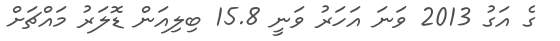
ގެ އަގު 2013 ވަނަ އަހަރު ވަނީ 15.8 ބިލިއަން ޑޮލަރު މައްޗަށް